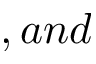
, a n d